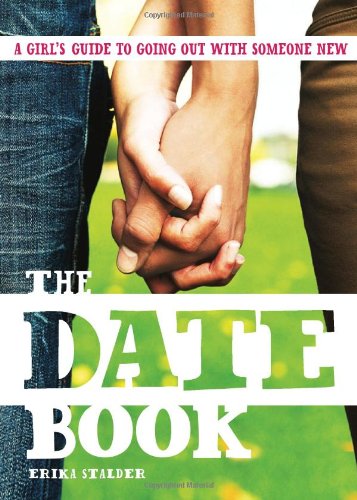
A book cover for The Date Book: A Teen Girl's Guide to Going Out with Someone New; Erika Stalder; Teen & Young Adult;